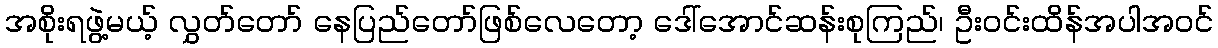
အစိုးရဖွဲ့မယ့် လွှတ်တော် နေပြည်တော်ဖြစ်လေတော့ ဒေါ်အောင်ဆန်းစုကြည်၊ ဦးဝင်းထိန်အပါအဝင်